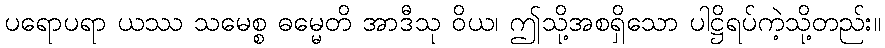
ပရောပရာ ယဿ သမေစ္စ ဓမ္မေတိ အာဒီသု ဝိယ၊ ဤသို့အစရှိသော ပါဋ္ဌိရပ်ကဲ့သို့တည်း။